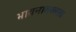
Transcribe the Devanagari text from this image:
भावनातरलत्व